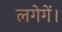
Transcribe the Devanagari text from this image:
लगेगें।